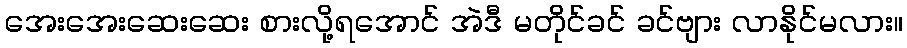
အေးအေးဆေးဆေး စားလို့ရအောင် အဲဒီ မတိုင်ခင် ခင်ဗျား လာနိုင်မလား။